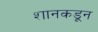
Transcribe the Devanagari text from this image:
शानकडून